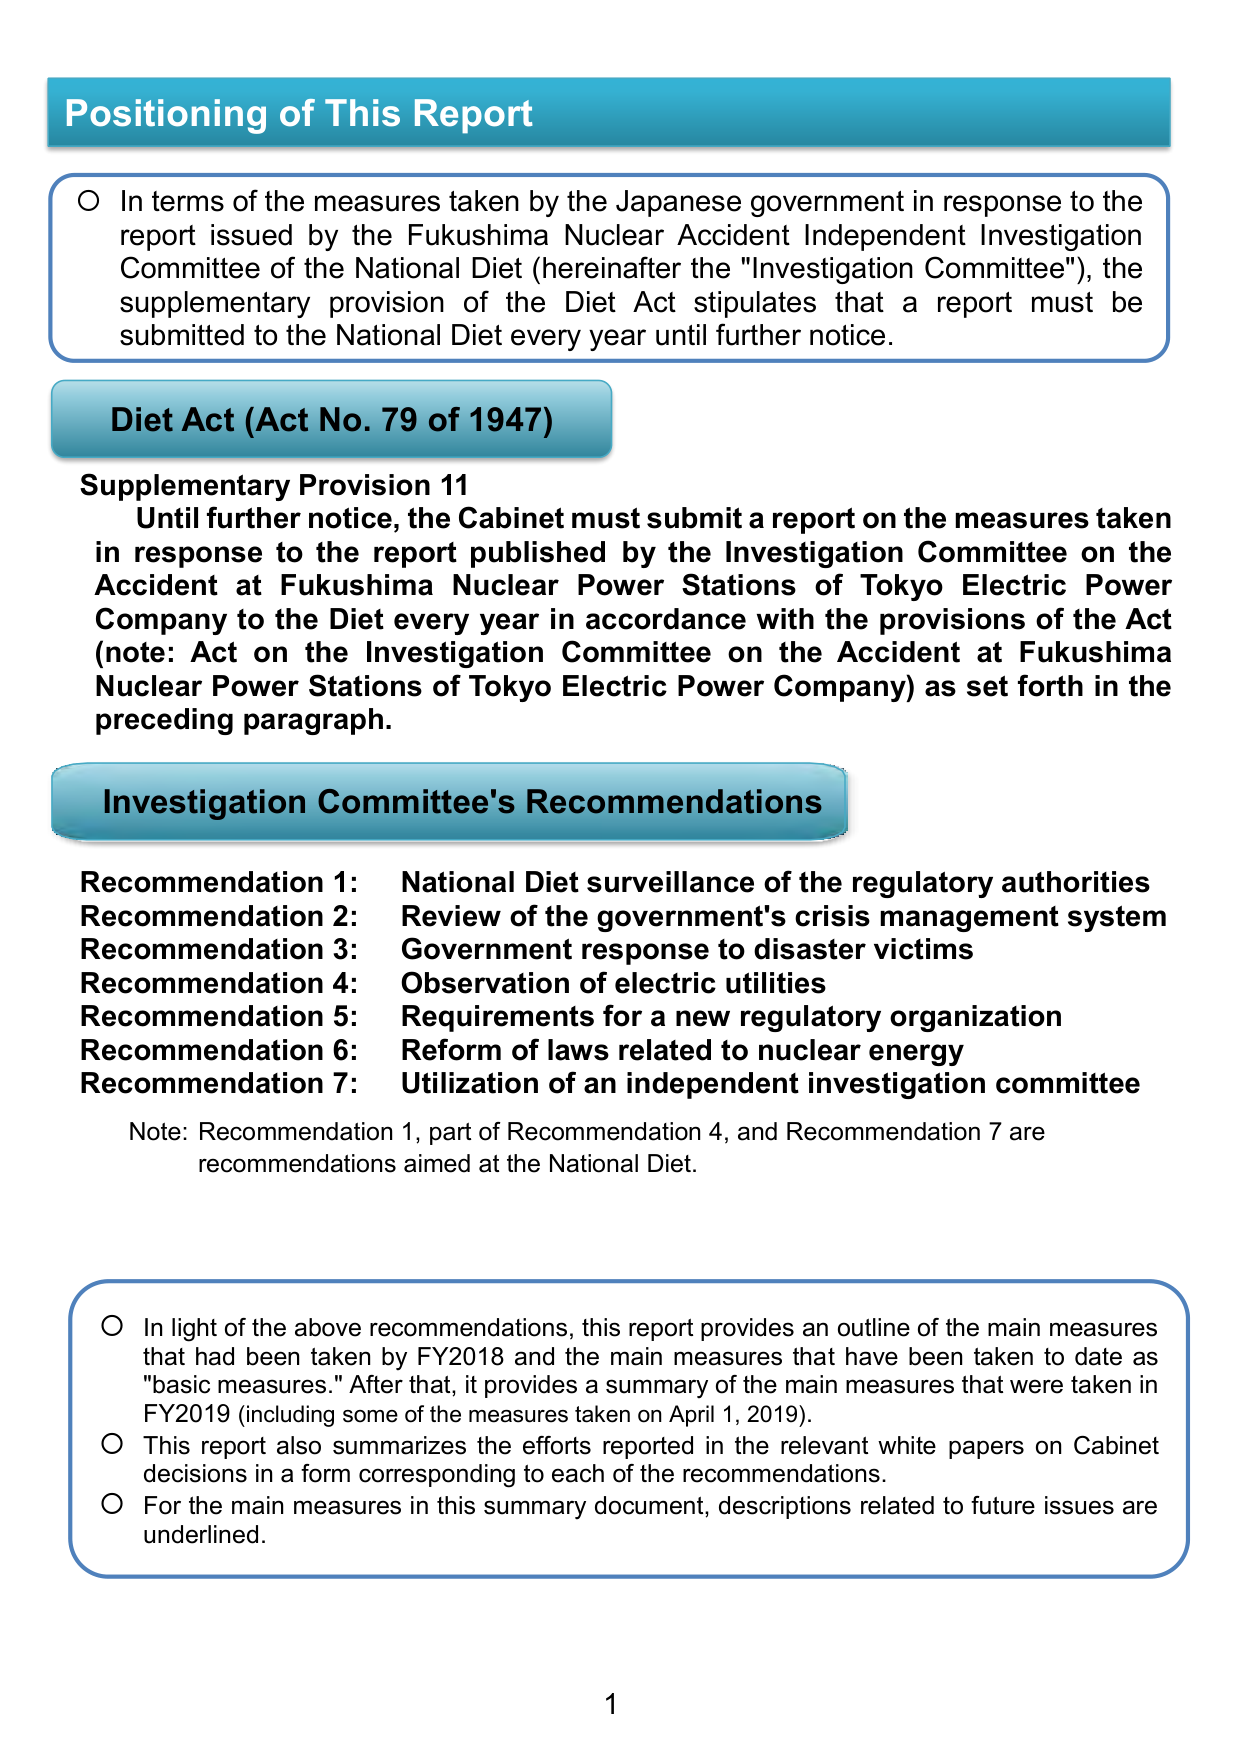
Positioning of This Report

○ In terms of the measures taken by the Japanese government in response to the report issued by the Fukushima Nuclear Accident Independent Investigation Committee of the National Diet (hereinafter the "Investigation Committee"), the supplementary provision of the Diet Act stipulates that a report must be submitted to the National Diet every year until further notice.

Diet Act (Act No. 79 of 1947)

Supplementary Provision 11
Until further notice, the Cabinet must submit a report on the measures taken in response to the report published by the Investigation Committee on the Accident at Fukushima Nuclear Power Stations of Tokyo Electric Power Company to the Diet every year in accordance with the provisions of the Act (note: Act on the Investigation Committee on the Accident at Fukushima Nuclear Power Stations of Tokyo Electric Power Company) as set forth in the preceding paragraph.

Investigation Committee's Recommendations

Recommendation 1: National Diet surveillance of the regulatory authorities
Recommendation 2: Review of the government's crisis management system
Recommendation 3: Government response to disaster victims
Recommendation 4: Observation of electric utilities
Recommendation 5: Requirements for a new regulatory organization
Recommendation 6: Reform of laws related to nuclear energy
Recommendation 7: Utilization of an independent investigation committee

Note: Recommendation 1, part of Recommendation 4, and Recommendation 7 are recommendations aimed at the National Diet.

○ In light of the above recommendations, this report provides an outline of the main measures that had been taken by FY2018 and the main measures that have been taken to date as "basic measures." After that, it provides a summary of the main measures that were taken in FY2019 (including some of the measures taken on April 1, 2019).
○ This report also summarizes the efforts reported in the relevant white papers on Cabinet decisions in a form corresponding to each of the recommendations.
○ For the main measures in this summary document, descriptions related to future issues are underlined.

1